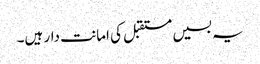
یہ بسیں مستقبل کی امانت دار ہیں۔